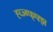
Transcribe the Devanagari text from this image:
ह्व्ज्ग्फ्फ्झ